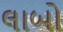
લાબો